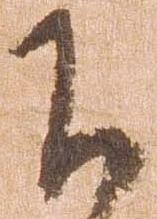
下